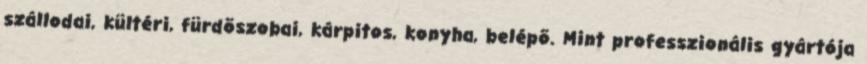
szállodai, kültéri, fürdõszobai, kárpitos, konyha, belépõ. Mint professzionális gyártója